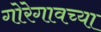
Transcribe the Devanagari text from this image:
गोरेगावच्या